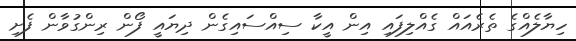
ހިޔާލެއްގެ ތެރެއައް ގެއްލިފައި އިން އީކާ ސިއްސައިގެން ދިޔައީ ފޯން ރިންގުވާން ފެށި